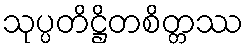
သုပ္ပတိဋ္ဌိတစိတ္တဿ